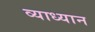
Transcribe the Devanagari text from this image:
व्याध्यान